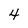
Character: 4